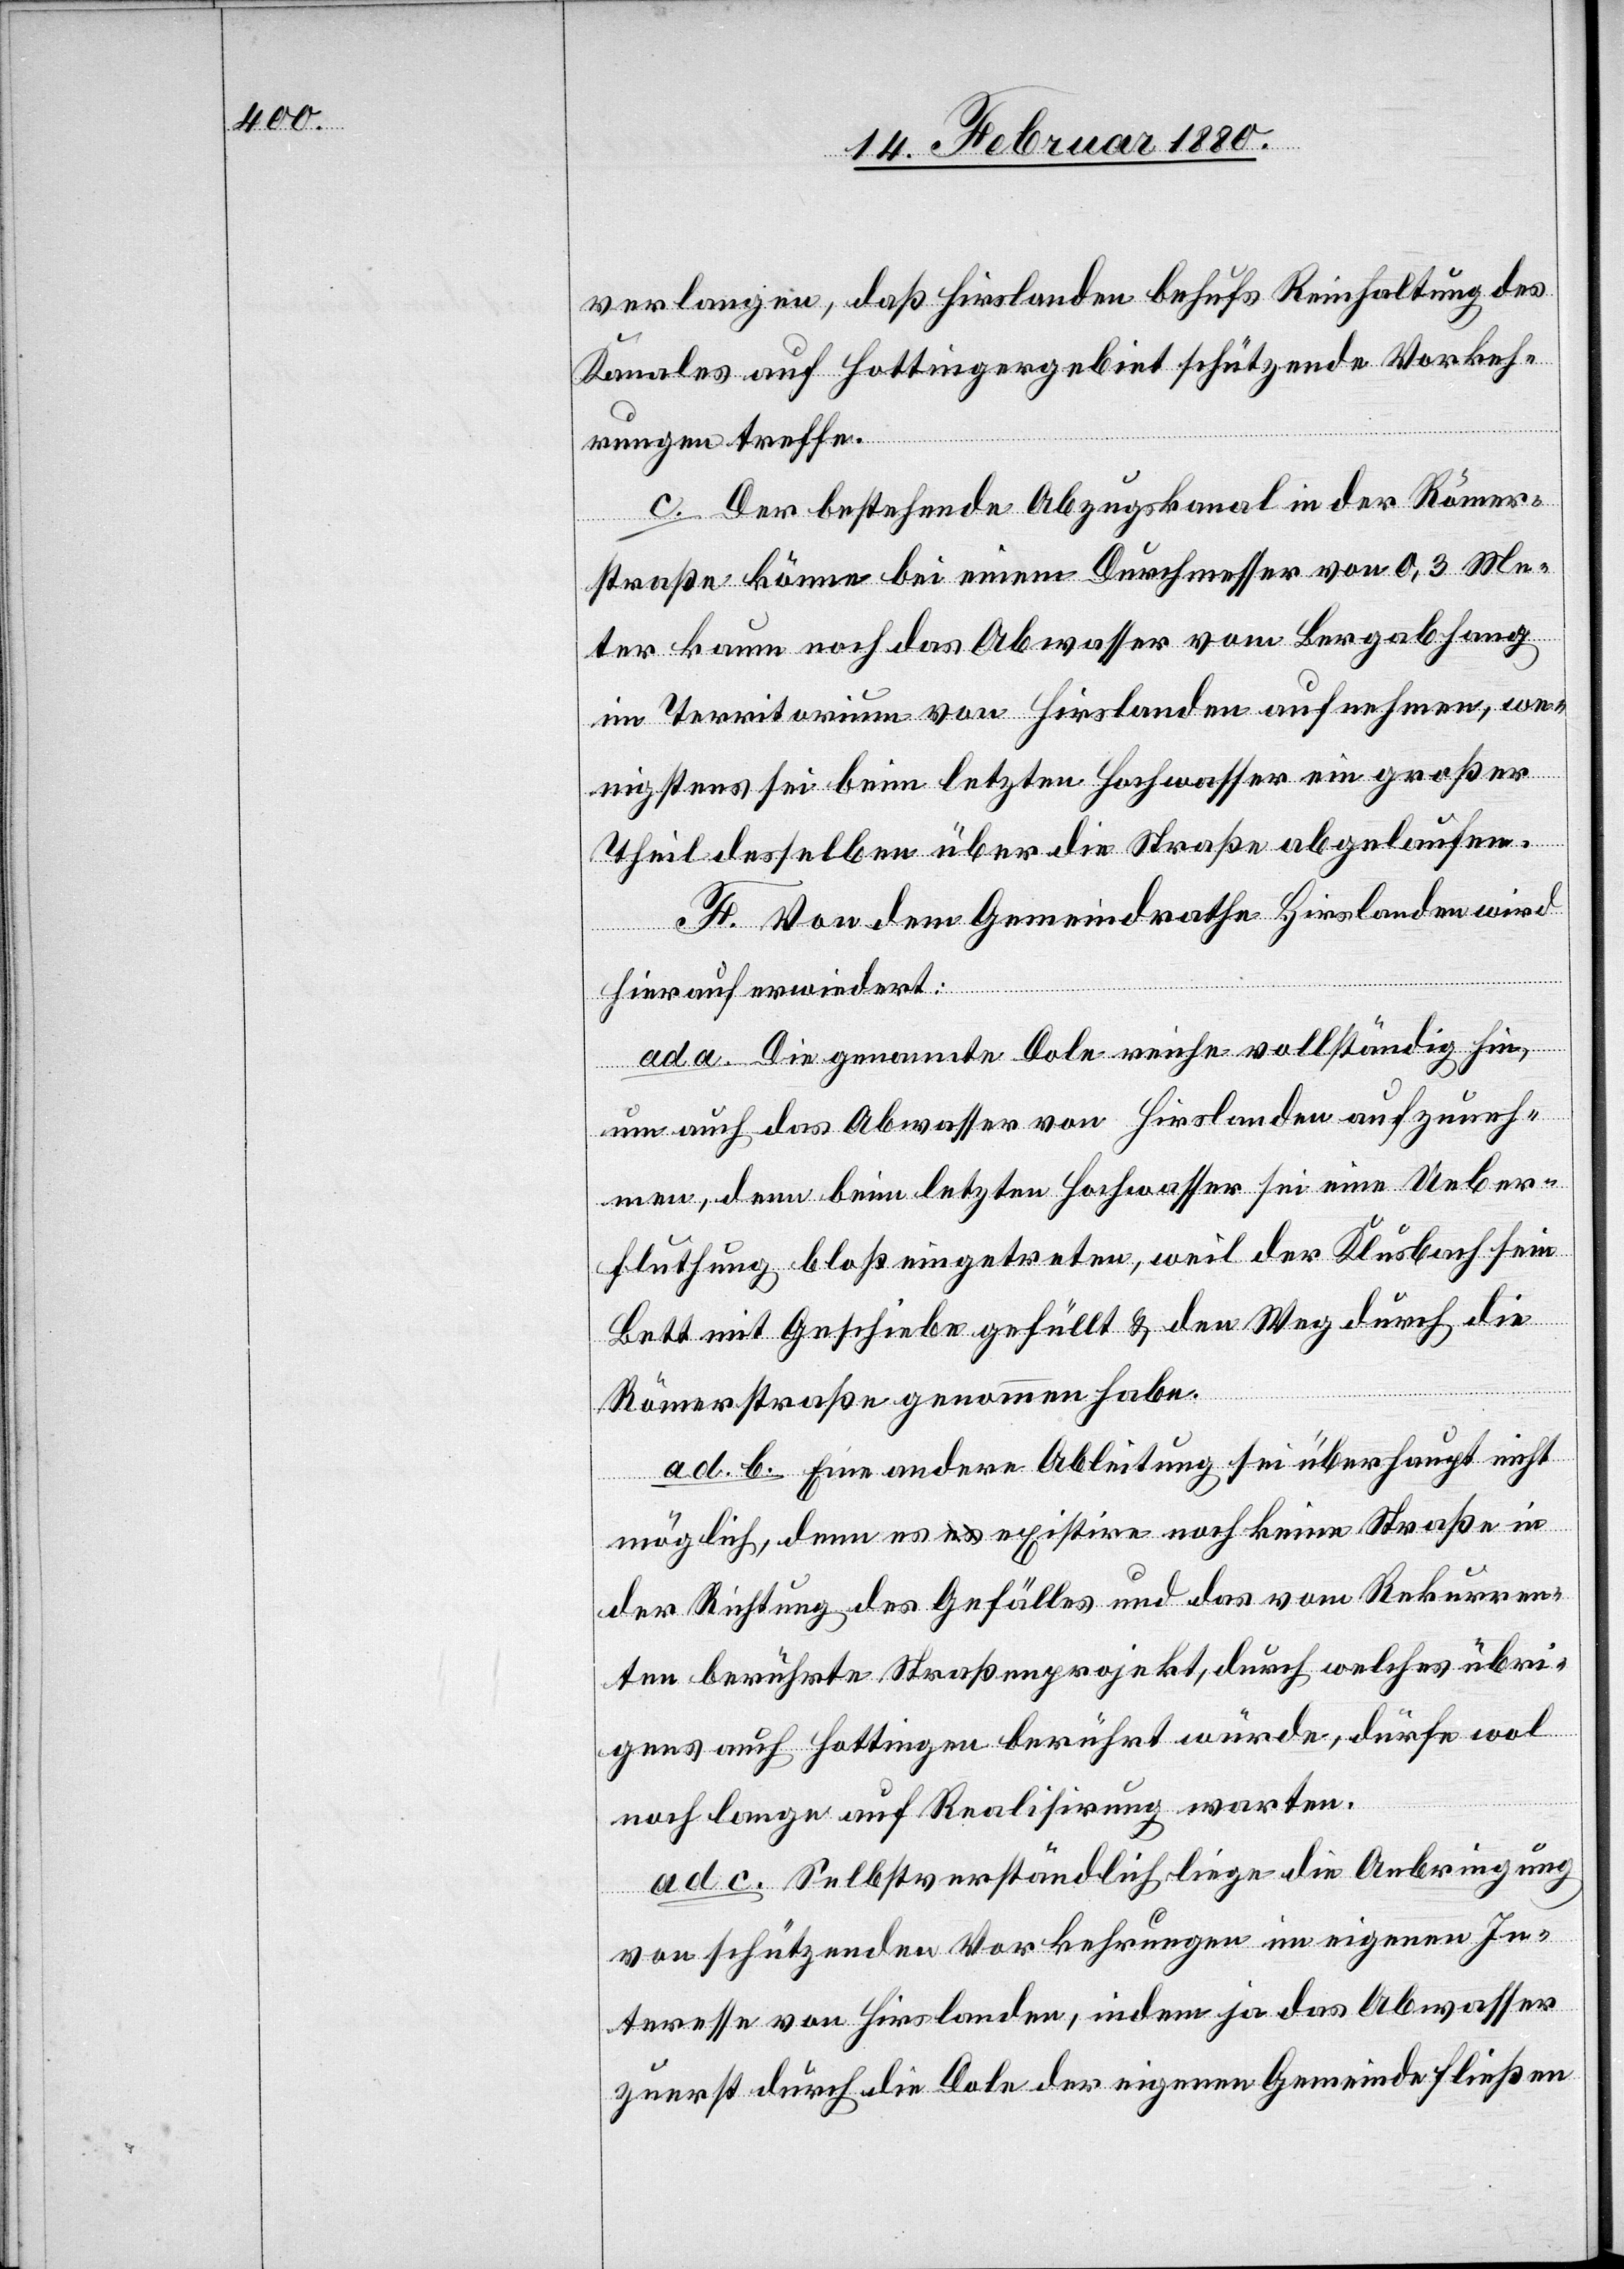
verlangen, daß Hirslanden behufs Reinhaltung des
Kanales auf Hottingergebiet schützende Vorkeh¬
rungen treffe.
c. Der bestehende Abzugskanal in der Römer¬
straße könne bei einem Durchmesser von 0,3 Me¬
ter kaum noch das Abwasser vom Bergabhang
im Territorium von Hirslanden aufnehmen, we¬
nigstens sei beim letzten Hochwasser ein großer
Theil desselben über die Straße abgelaufen.
F. Von dem Gemeindrathe Hirslanden wird
hierauf erwiedert:
ad a. Die genannte Dole reiche vollständig hin,
um auch das Abwasser von Hirslanden aufzuneh¬
men, denn beim letzten Hochwasser sei eine Ueber¬
flutung bloß eingetreten, weil der Klusbach sein
Bett mit Geschiebe gefüllt & den Weg durch die
Römerstraße genommen habe.
ad b. Eine andere Ableitung sei überhaupt nicht
möglich, denn es existire noch keine Straße in
der Richtung des Gefälles und das vom Rekurren¬
ten berührte Straßenprojekt, durch welches übri¬
gens auch Hottingen berührt würde, dürfe wol
noch lange auf Realisirung warten.
ad c. Selbstverständlich liege die Anbringung
von schützenden Vorkehrungen im eigenen In¬
teresse von Hirslanden, indem ja das Abwasser
zuerst durch die Dole der eigenen Gemeinde fließen